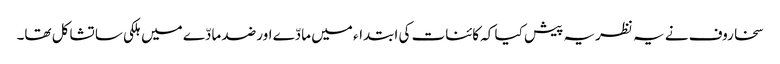
سخاروف نے یہ نظریہ پیش کیا کہ کائنات کی ابتداء میں مادّے اور ضد مادّے میں ہلکی سا تشاکل تھا۔